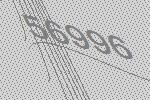
56996